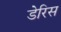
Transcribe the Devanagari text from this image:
डेरिस